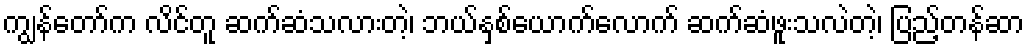
ကျွန်တော်က လိင်တူ ဆက်ဆံသလားတဲ့၊ ဘယ်နှစ်ယောက်လောက် ဆက်ဆံဖူးသလဲတဲ့၊ ပြည့်တန်ဆာ